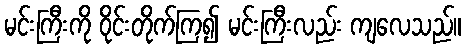
မင်းကြီးကို ဝိုင်းတိုက်ကြ၍ မင်းကြီးလည်း ကျလေသည်။